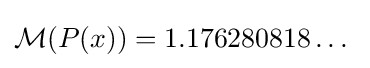
{\mathcal {M}}(P(x))=1.176280818\dots \